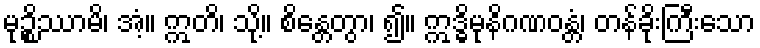
မုဉ္စိဿာမိ၊ အံ့။ ဣတိ၊ သို့။ စိန္တေတွာ၊ ၍။ ဣဒ္ဓိမုနိဂဏဝန္တံ၊ တန်ခိုးကြီးသော